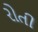
રોતી